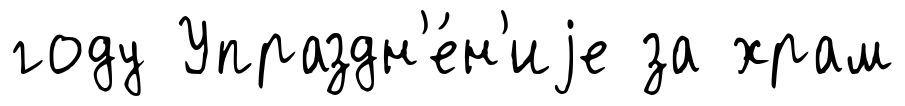
году Упраздн'е́н'иjе за храм